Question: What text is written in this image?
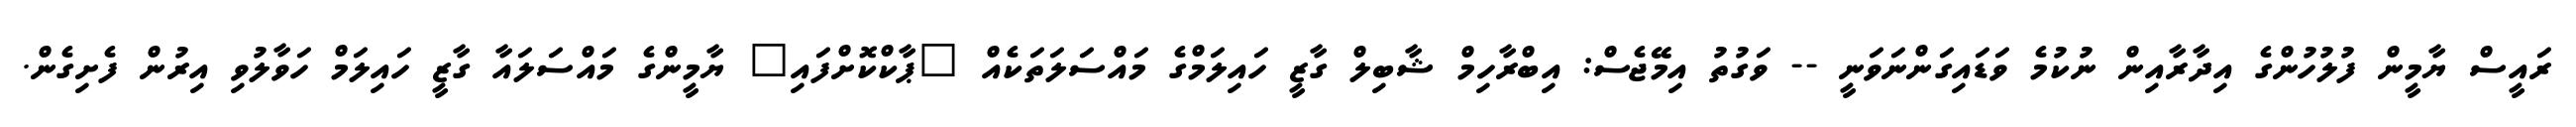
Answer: ރައީސް ޔާމީން ފުލުހުންގެ އިދާރާއިން ނުކުމެ ވަޑައިގަންނަވަނީ -- ވަގުތު އިމޭޖެސް: އިބްރާހިމް ޝާބިލް ގާޒީ ހައިލަމްގެ މައްސަލަތަކެއް "ޕާކްކޮށްފައި" ޔާމީންގެ މައްސަލައާ ގާޒީ ހައިލަމް ހަވާލުވި އިރުން ފެށިގެން.